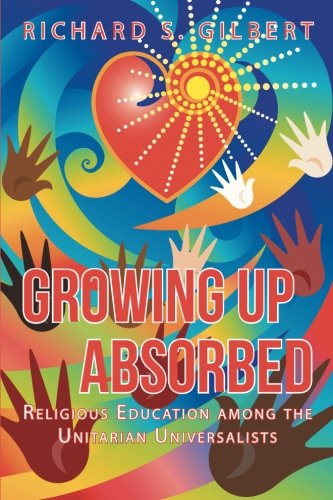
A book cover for Growing Up Absorbed: Religious Education among the Unitarian Universalists; Richard S. Gilbert; Religion & Spirituality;